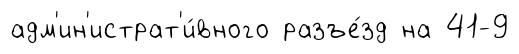
адм'ин'истрат'и́вного разъе́зд на 41-9